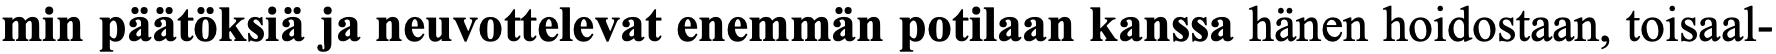
min päätöksiä ja neuvottelevat enemmän potilaan kanssa hänen hoidostaan, toisaal-